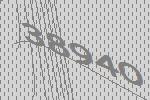
38940